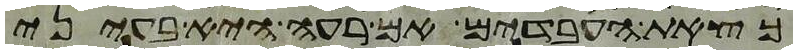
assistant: כצאת העבדים אם רעה היא בעיני